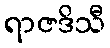
ရာဇဒိသီ